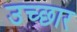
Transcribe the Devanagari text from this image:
उच्छार